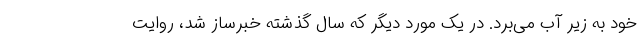
خود به زیر آب می‌برد. در یک مورد دیگر که سال گذشته خبرساز شد، روایت